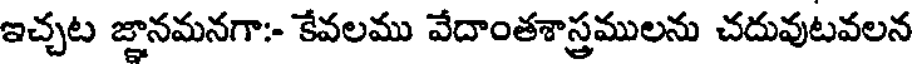
ఇచ్చట జ్ఞానమనగా:- కేవలము వేదాంతశాస్త్రములను చదువుటవలన